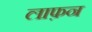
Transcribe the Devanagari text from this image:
लाफ़न